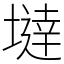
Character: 𡐿